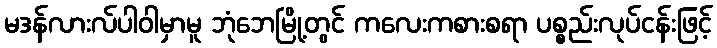
မဒန်လားလ်ပါဝါမှာမူ ဘုံဘေမြို့တွင် ကလေးကစားစရာ ပစ္စည်းလုပ်ငန်းဖြင့်